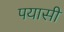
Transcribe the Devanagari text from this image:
पयासी